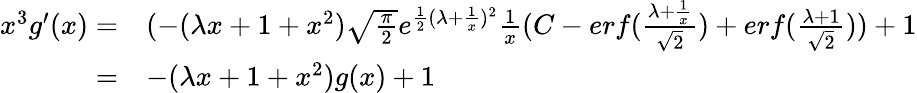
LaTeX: \begin{array}{rl}{x^{3}g^{\prime}(x)=}&{(-(\lambda x+1+x^{2})\sqrt{\frac{\pi}{2}}e^{\frac{1}{2}(\lambda+\frac{1}{x})^{2}}\frac{1}{x}(C-erf(\frac{\lambda+\frac{1}{x}}{\sqrt{2}})+erf(\frac{\lambda+1}{\sqrt{2}}))+1}\\ {=}&{-(\lambda x+1+x^{2})g(x)+1}\end{array}